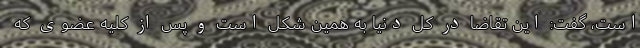
است، گفت: این تقاضا در کل دنیا به همین شکل است و پس از کلیه عضوی که